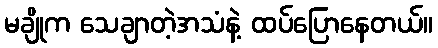
မချိုက သေချာတဲ့အသံနဲ့ ထပ်ပြောနေတယ်။